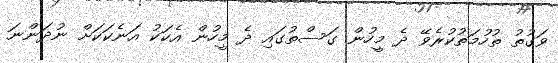
ވަގުތު ތުހުމަތުކުރެވޭ ދެ މީހުން ގަސްތުގައި ދެ މީހުން އެކަކު އަނެކަކަށް ނުދަންނަ